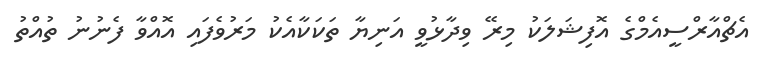
އެޗްއާރްސީއެމްގެ އޮފިޝަލަކު މިރޭ ވިދާޅުވީ އަނިޔާ ތަކަކާއެކު މަރުވެފައި އޮއްވާ ފެނުނު ތުއްތު